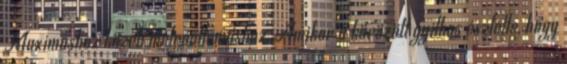
Maximushoz közeli metróállomáshoz. Amikor a körözött gyilkos észlelte, hogy